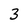
Character: 3